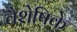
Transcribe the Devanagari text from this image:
वैशेषिके